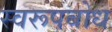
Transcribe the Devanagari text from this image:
स्वरूपबोध